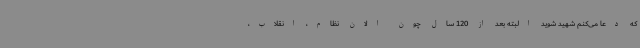
که دعا می‌کنم شهید شوید البته بعد از 120 سال چون الان نظام، انقلاب،